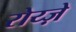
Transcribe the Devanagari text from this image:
रोय्ज़े